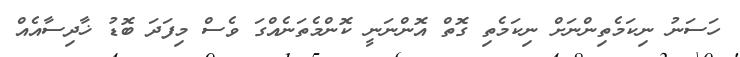
ހަސަނު ނިކަމެތިންނަށް ނިކަމެތި ގޮތް އޮންނަނީ ކޮންމެތަނެއްގަ ވެސް މިފަދަ ބޮޑު ޚާދިސާއެއް